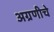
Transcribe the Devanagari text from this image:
अग्रणीचे